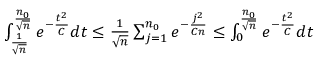
\begin{array} { r } { \int _ { \frac { 1 } { \sqrt { n } } } ^ { \frac { n _ { 0 } } { \sqrt { n } } } e ^ { - \frac { t ^ { 2 } } { C } } d t \leq \frac { 1 } { \sqrt { n } } \sum _ { j = 1 } ^ { n _ { 0 } } e ^ { - \frac { j ^ { 2 } } { C n } } \leq \int _ { 0 } ^ { \frac { n _ { 0 } } { \sqrt { n } } } e ^ { - \frac { t ^ { 2 } } { C } } d t } \end{array}